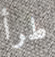
طرأ